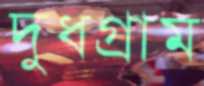
দুধগ্রাম